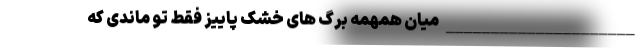
_____________________ میان همهمه برگ های خشک پاییز فقط تو ماندی که